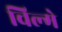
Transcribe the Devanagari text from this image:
चिल्मे